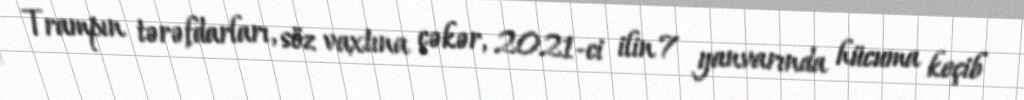
Trampın tərəfdarları, söz vaxtına çəkər, 2021-ci ilin 7 yanvarında hücuma keçib